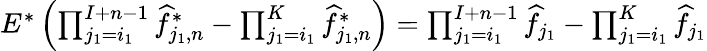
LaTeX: \begin{array}{r}{E^{*}\left(\prod_{j_{1}=i_{1}}^{I+n-1}\widehat f_{j_{1},n}^{*}-\prod_{j_{1}=i_{1}}^{K}\widehat f_{j_{1},n}^{*}\right)=\prod_{j_{1}=i_{1}}^{I+n-1}\widehat f_{j_{1}}-\prod_{j_{1}=i_{1}}^{K}\widehat f_{j_{1}}}\end{array}